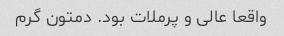
واقعا عالی و پرملات بود. دمتون گرم